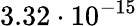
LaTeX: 3.32\cdot 10^{-15}